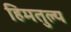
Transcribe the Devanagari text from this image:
हिमतुल्य